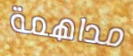
مداهمة